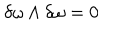
\delta \omega \wedge \delta \omega = 0